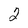
Character: 2